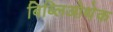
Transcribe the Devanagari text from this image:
बिब्लिओथेक